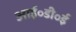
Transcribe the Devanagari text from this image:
आई॰डी॰ई